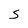
Character: S